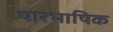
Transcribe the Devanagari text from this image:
पारभाषिक